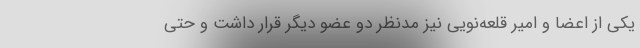
یکی از اعضا و امیر قلعه‌نویی نیز مدنظر دو عضو دیگر قرار داشت و حتی